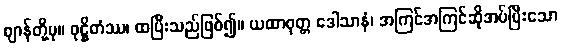
ဈာန်တို့မှ။ ဝုဋ္ဌိတံဿ၊ ထပြီးသည်ဖြစ်၍။ ယထာဝုတ္တ ဒေါသာနံ၊ အကြင်အကြင်ဆိုအပ်ပြီးသော